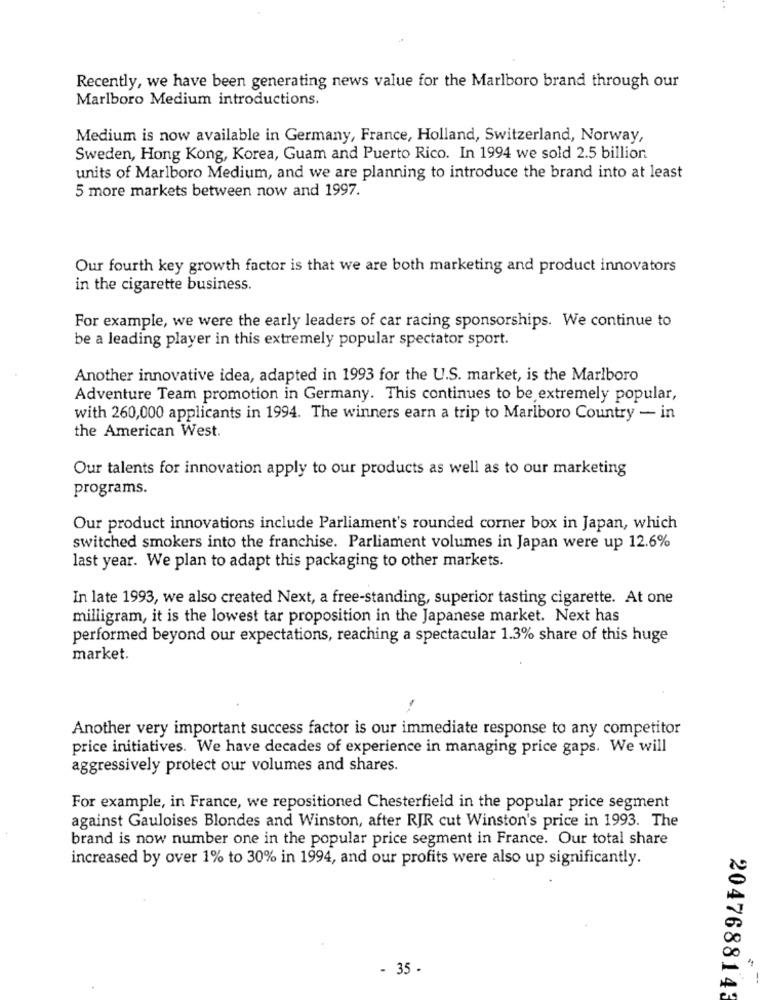
Recently, we have been generating news value for the Marlboro brand through our
Marlboro Medium introductions.
Medium is now available in Germany, France, Holland, Switzerland, Norway,
Sweden, Hong Kong, Korea, Guam and Puerto Rico. In 1994 we sold 2.5 billion.
units of Marlboro Medium, and we are planning to introduce the brand into at least
5 more markets between now and 1997.
Our fourth key growth factor is that we are both marketing and product innovators
in the cigarette business.
For example, we were the early leaders of car racing sponsorships. We continue to
be a leading player in this extremely popular spectator sport.
Another innovative idea, adapted in 1993 for the U.S. market, is the Marlboro
Adventure Team promotion in Germany. This continues to be extremely popular,
with 260,000 applicants in 1994. The winners earn a trip to Marlboro Country - in
the American West.
Our talents for innovation apply to our products as well as to our marketing
programs.
Our product innovations include Parliament's rounded corner box in Japan, which
switched smokers into the franchise. Parliament volumes in Japan were up 12.6%
last year. We plan to adapt this packaging to other markets.
In late 1993, we also created Next, a free-standing, superior tasting cigarette. At one
milligram, it is the lowest tar proposition in the Japanese market. Next has
performed beyond our expectations, reaching a spectacular 1.3% share of this huge
market.
Another very important success factor is our immediate response to any competitor
price initiatives. We have decades of experience in managing price gaps. We will
aggressively protect our volumes and shares.
For example, in France, we repositioned Chesterfield in the popular price segment
against Gauloises Blondes and Winston, after RJR cut Winston's price in 1993. The
brand is now number one in the popular price segment in France. Our total share
increased by over 1% to 30% in 1994, and our profits were also up significantly.
- 35 -
2047688143